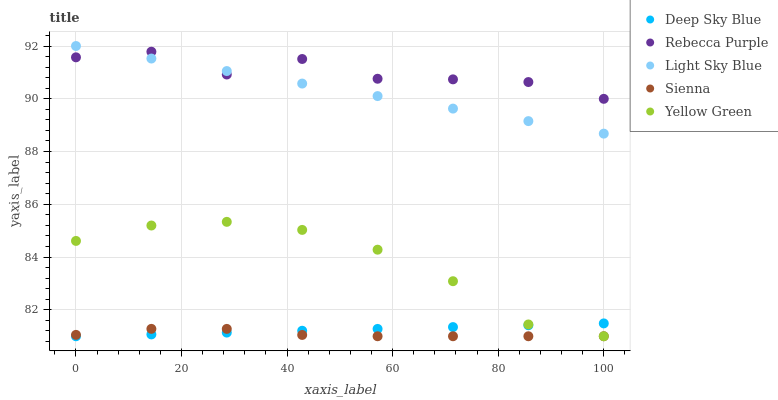
| xaxis_label | Deep Sky Blue | Rebecca Purple | Light Sky Blue | Sienna | Yellow Green |
 | --- | --- | --- | --- | --- | --- |
 | 0 | 81 | 91.6 | 92 | 81.1 | 84.6 |
 | 14.3 | 81.1 | 91.8 | 91.5 | 81.3 | 85.2 |
 | 28.6 | 81.1 | 90.9 | 91.1 | 81.3 | 85.3 |
 | 42.9 | 81.2 | 91.5 | 90.6 | 81 | 85 |
 | 57.1 | 81.3 | 90.8 | 90.1 | 81 | 84.3 |
 | 71.4 | 81.3 | 90.7 | 89.6 | 81 | 83.1 |
 | 85.7 | 81.4 | 90.6 | 89.2 | 81 | 81.4 |
 | 100 | 81.5 | 90 | 88.7 | 81 | 81 |